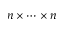
n \times \cdots \times n